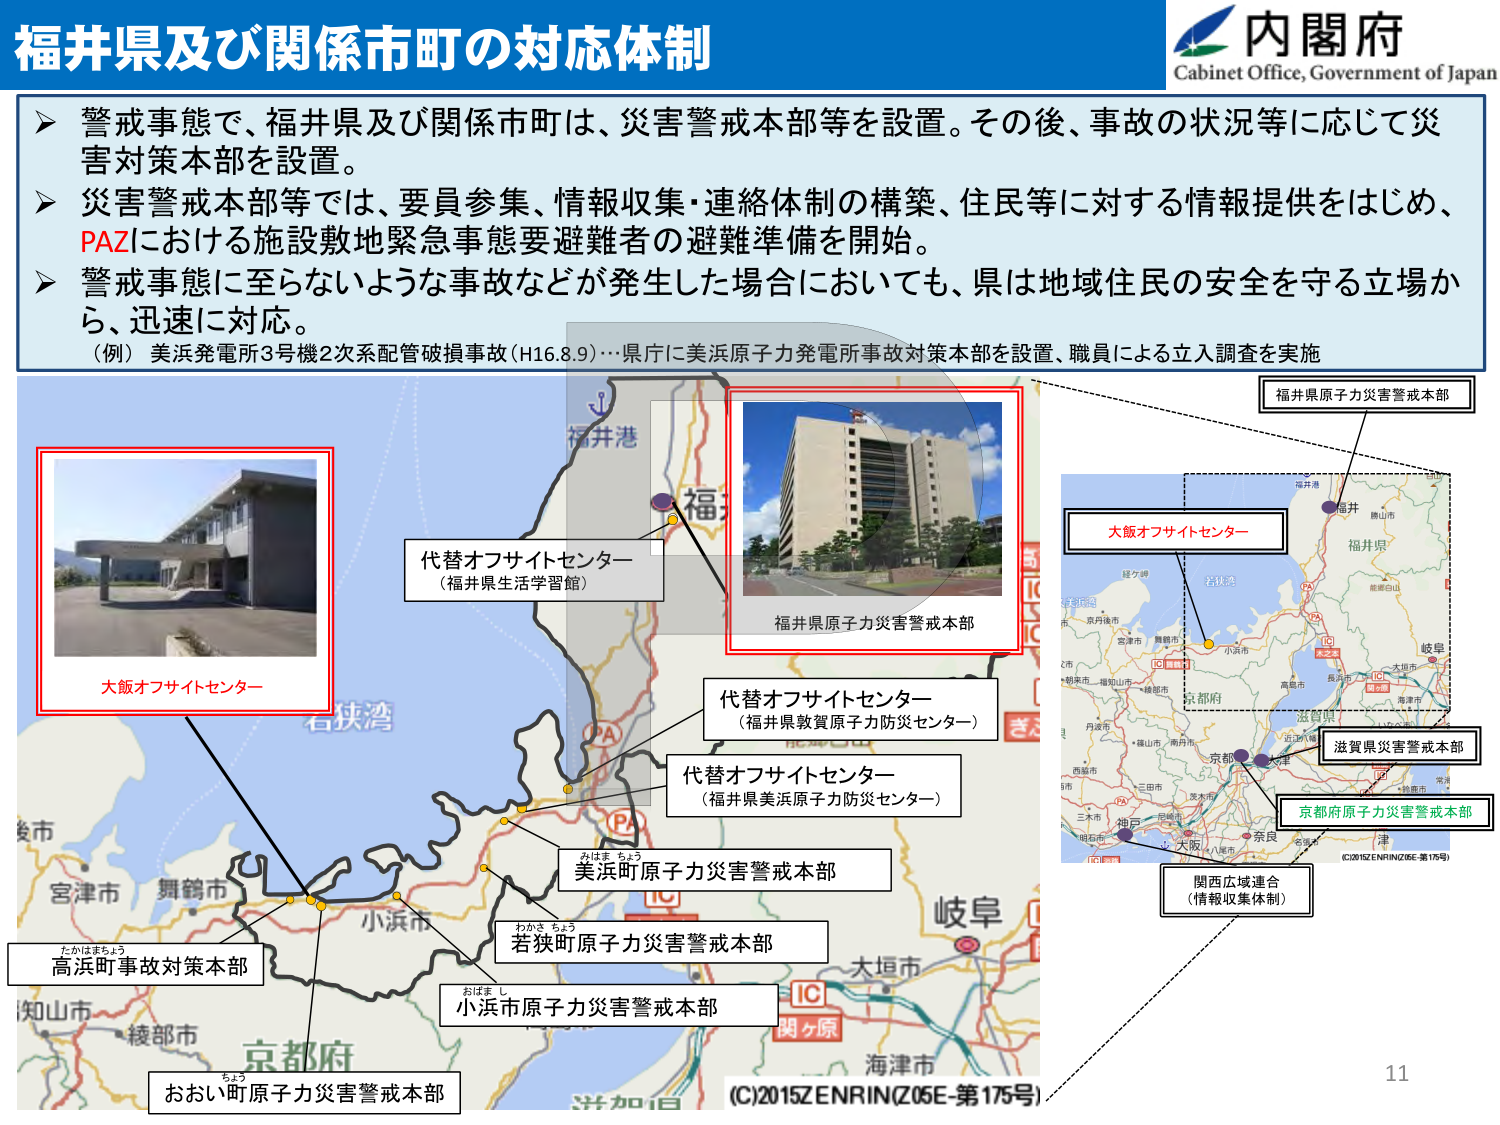
福井県及び関係市町の対応体制

内閣府
Cabinet Office, Government of Japan

➤ 警戒事態で、福井県及び関係市町は、災害警戒本部等を設置。その後、事故の状況等に応じて災害対策本部を設置。
➤ 災害警戒本部等では、要員参集、情報収集・連絡体制の構築、住民等に対する情報提供をはじめ、PAZにおける施設敷地緊急事態要避難者の避難準備を開始。
➤ 警戒事態に至らないような事故などが発生した場合においても、県は地域住民の安全を守る立場から、迅速に対応。
（例）美浜発電所3号機2次系配管破損事故（H16.8.9）…県庁に美浜原子力発電所事故対策本部を設置、職員による立入調査を実施

福井港
福井
福井県
福井県原子力災害警戒本部
代替オフサイトセンター
（福井県生活学習館）
大飯オフサイトセンター
代替オフサイトセンター
（福井県敦賀原子力防災センター）
代替オフサイトセンター
（福井県美浜原子力防災センター）
美浜町原子力災害警戒本部
若狭町原子力災害警戒本部
小浜市原子力災害警戒本部
おおい町原子力災害警戒本部
高浜町事故対策本部
たかはまちょう
わかさ ちょう
おばま し
ちょう
石狭湾
京都市
大阪
神戸
姫路
三田市
西宮市
尼崎市
兵庫県
奈良
京都府
滋賀県
長浜市
大津市
彦根市
高島市
米原市
守山市
草津市
栗東市
八日市
津
関西広域連合
（情報収集体制）
京都府原子力災害警戒本部
滋賀県災害警戒本部
大阪オフサイトセンター
福井県原子力災害警戒本部
（C）2015 ZENRIN（Z06E-第175号）
11